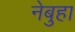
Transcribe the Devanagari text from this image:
नेबुहा